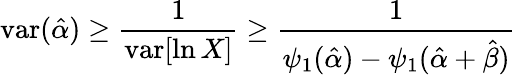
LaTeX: \mathrm{var}({\hat{\alpha}})\geq{\frac{1}{\operatorname{var}[\ln X]}}\geq{\frac{1}{\psi_{1}({\hat{\alpha}})-\psi_{1}({\hat{\alpha}}+{\hat{\beta}})}}